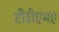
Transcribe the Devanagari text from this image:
टीडीएमए